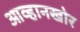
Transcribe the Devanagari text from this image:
आव्हानखोर